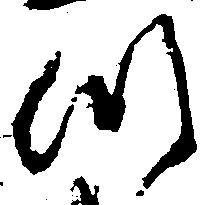
つ